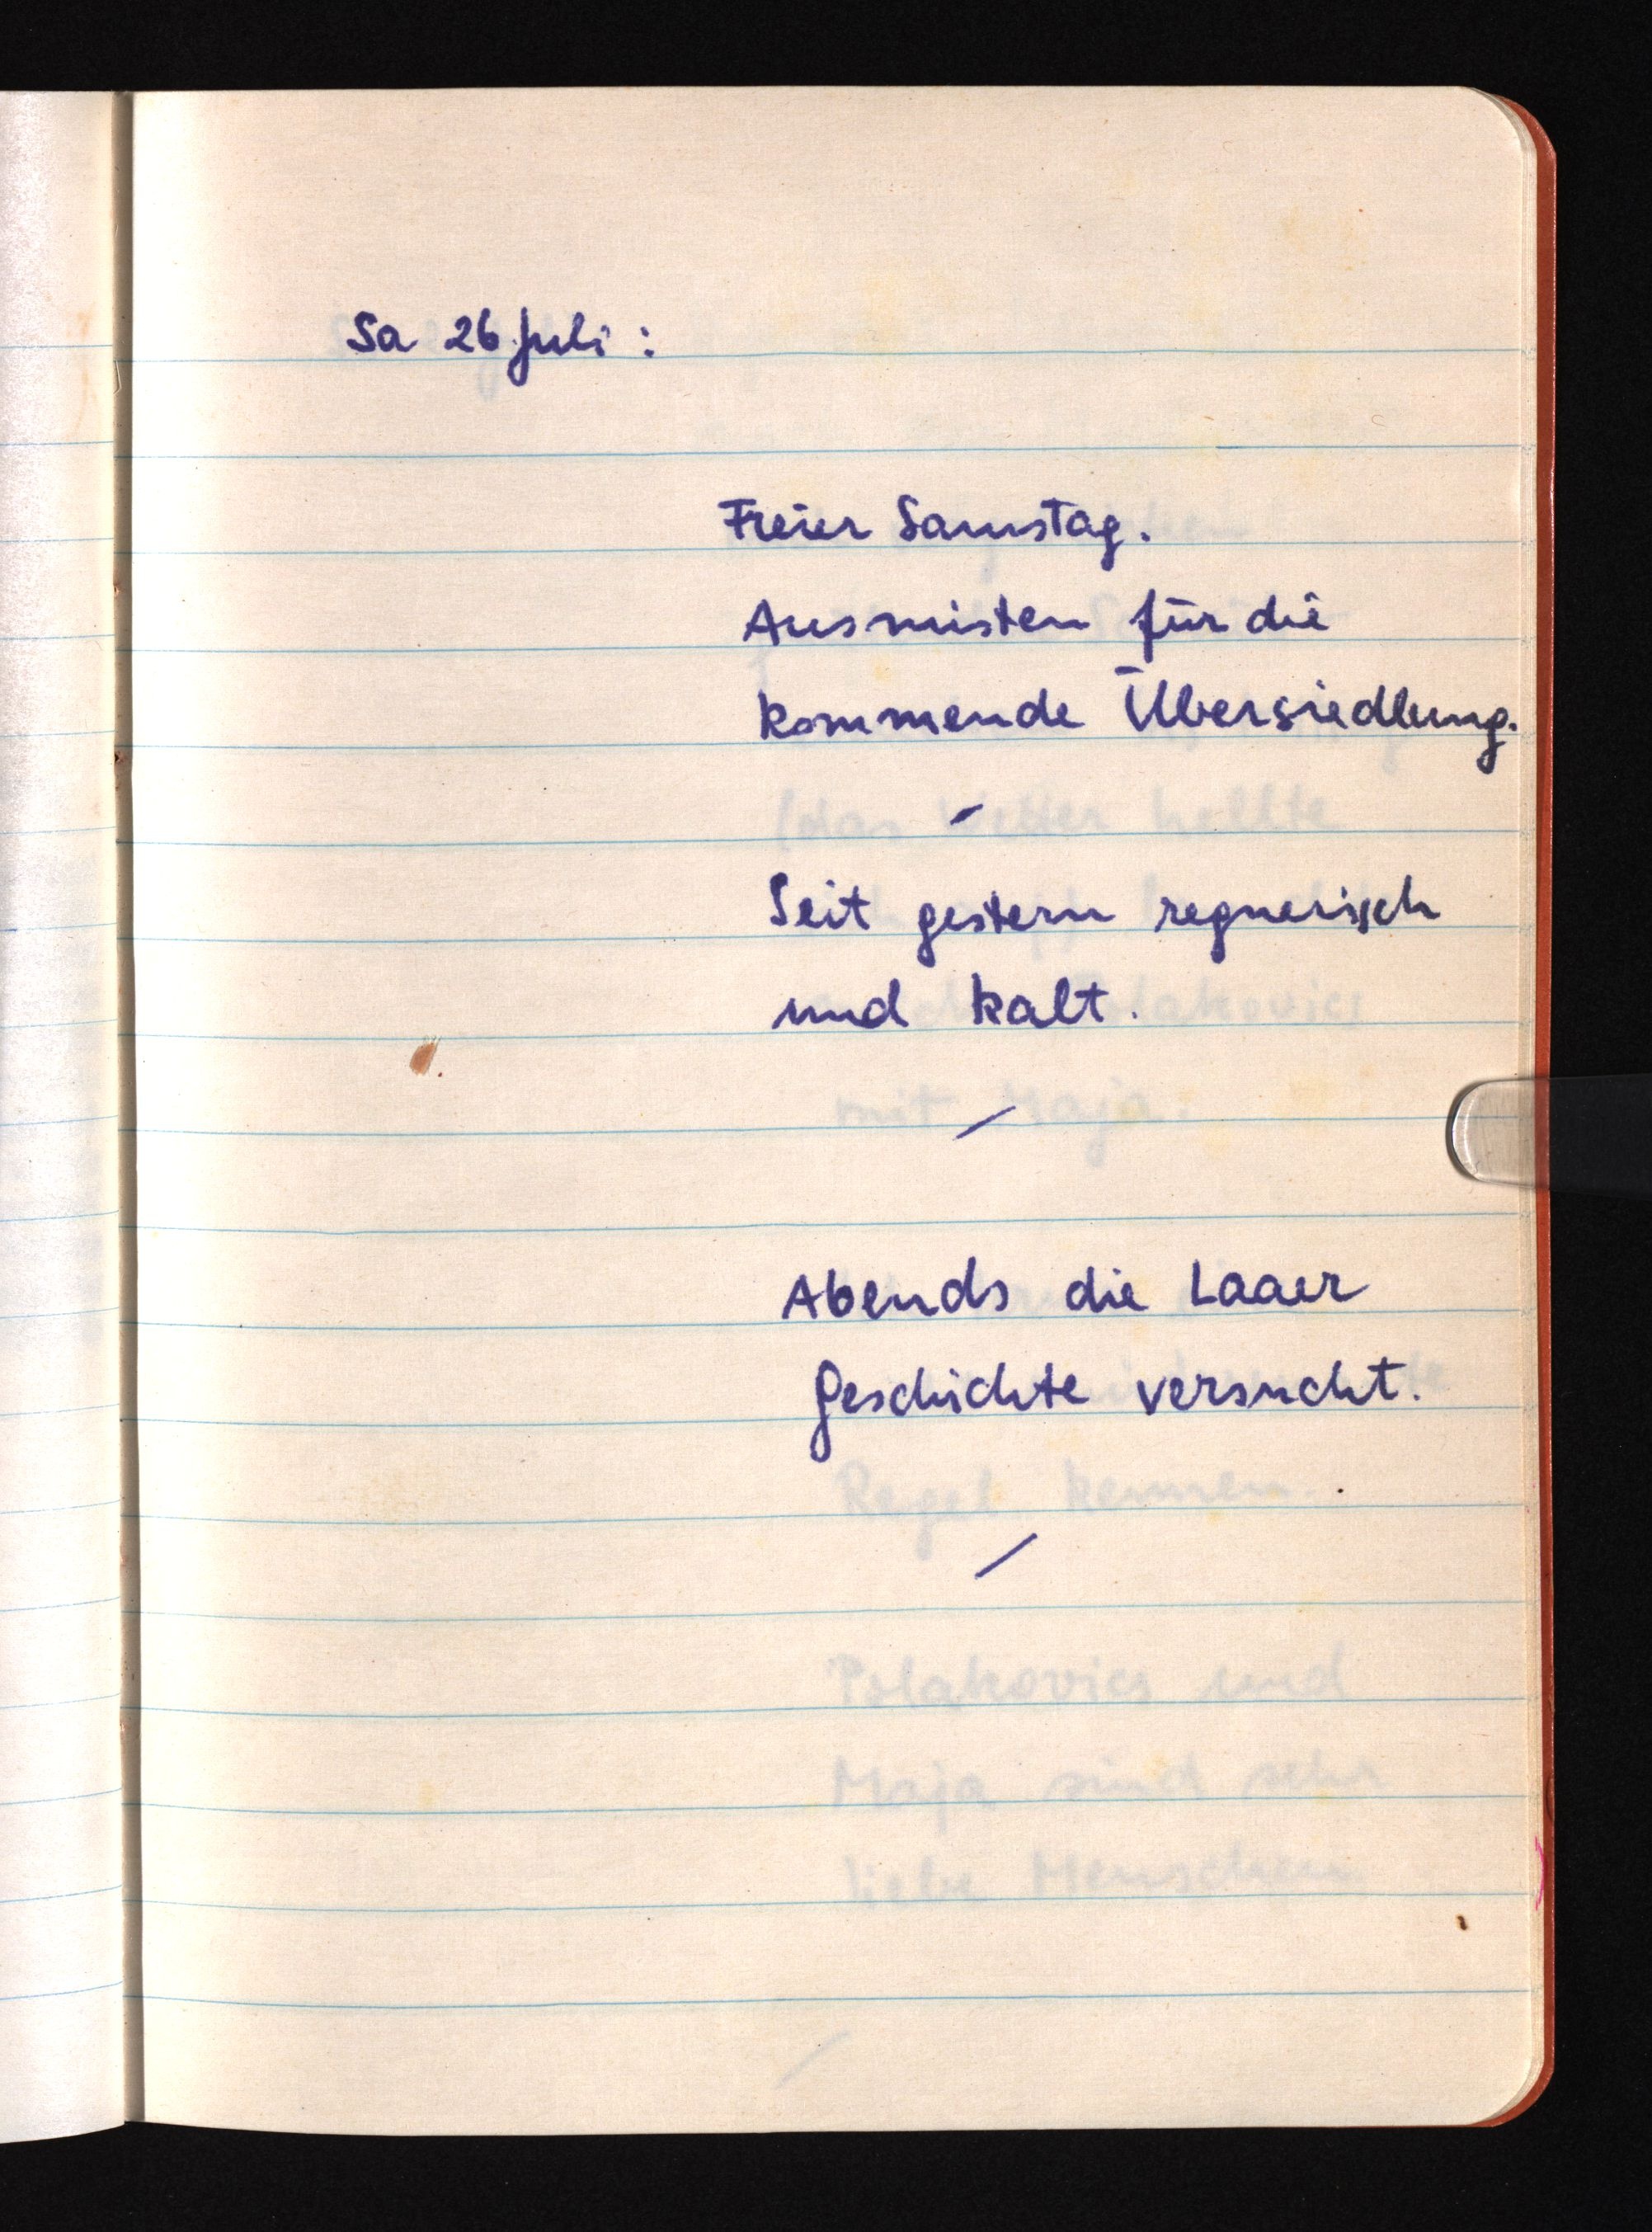
Sa 26 Juli:
Freier Samstag.
Ausmisten für die
kommende Übersiedlung.
Seit gestern regnerisch
und kalt.
Abends die Laaer
Geschichte versucht.